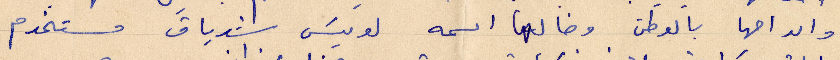
والديها بالوطن وخالها اسمه لويس شدياق مستخدم